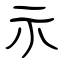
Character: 示